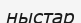
ныстар